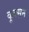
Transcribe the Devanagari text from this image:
कूक्सन